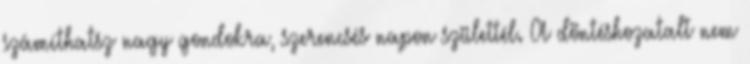
számíthatsz nagy gondokra, szerencsés napon születtél. A döntéshozatalt nem